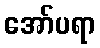
အော်ပရာ